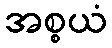
အစ္စယံ